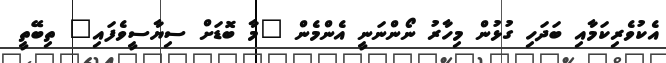
އެކުވެރިކަމާއި ބަދަހި ގުޅުން މިހާރު ނޯންނަނީ އެންމެން "މާ ބޮޑަށް ސިޔާސީވެފައި" ތިބޭތީ